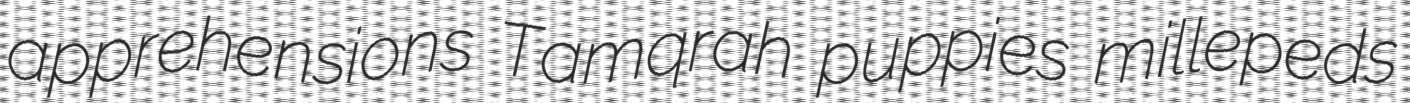
apprehensions Tamqrah puppies millepeds